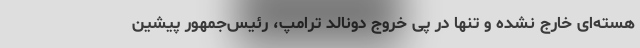
هسته‌ای خارج نشده و تنها در پی خروج دونالد ترامپ، رئیس‌جمهور پیشین